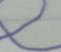
Signature authenticity: forged